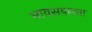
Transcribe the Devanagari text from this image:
भावसबलता